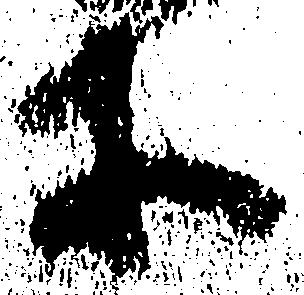
等